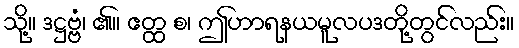
သို့။ ဒဋ္ဌဗ္ဗံ၊ ၏။ ဧတ္ထ စ၊ ဤဟာရနယမူလပဒတို့တွင်လည်း။